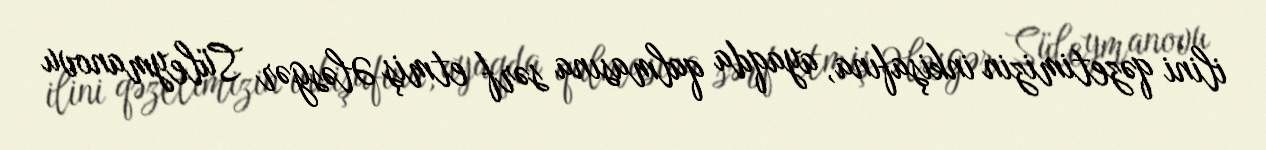
ilini qəzetimizin inkişafına, ayaqda qalmasına sərf etmiş Ələsgər Süleymanovu